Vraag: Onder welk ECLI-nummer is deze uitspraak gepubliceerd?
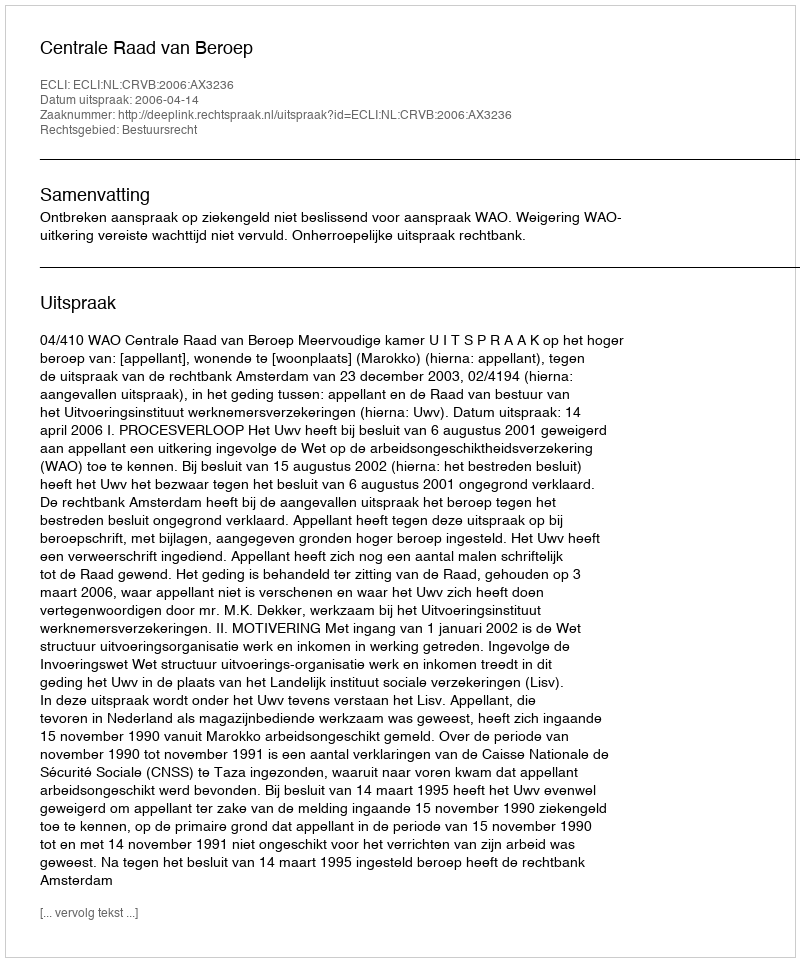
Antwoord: ECLI:NL:CRVB:2006:AX3236